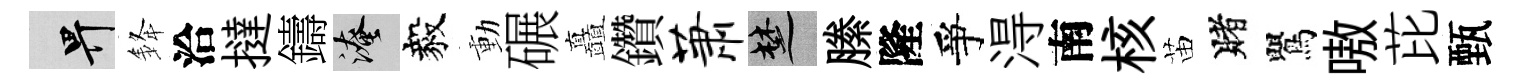
畀𨦟洽撻鑄淹毅動碾矗鑽萧楚縢隆爭淂南核苗賭鸎嗷芘甄